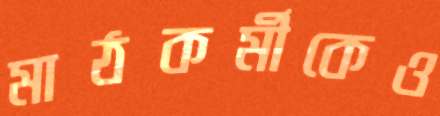
মাঠকর্মীকেও